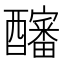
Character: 𰼖